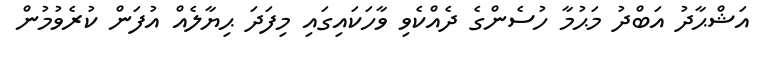
އަޝްޙާދު އަބްދު މަޙުމާ ހުސެންގެ ދެއްކެވި ވާހަކައިގައި މިފަދަ ޙިޔާލެއް އުފަން ކުރެވުމުން